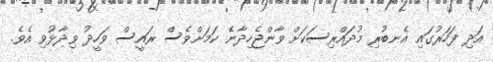
އަދި ފަހަރުގައި އެނބުރި މުދައްރިސަކަށް ވާންޖެހިދާނެ ކަމަށްވެސް ރައީސް ވަހީދު ވިދާޅުވި އެވެ.